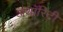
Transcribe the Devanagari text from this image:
अथाॅरिटी